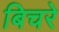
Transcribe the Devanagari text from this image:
बिचरे